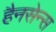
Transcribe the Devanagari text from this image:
हैनसेन्स